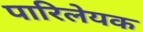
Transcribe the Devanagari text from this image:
पारिलेयक